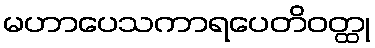
မဟာပေသကာရပေတိဝတ္ထု